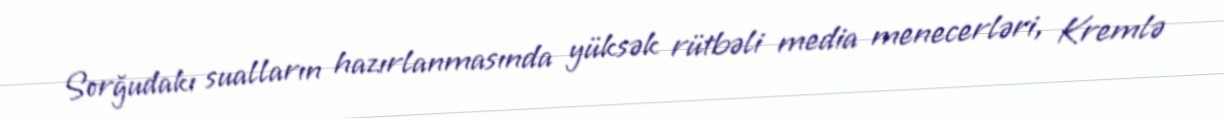
Sorğudakı sualların hazırlanmasında yüksək rütbəli media menecerləri, Kremlə